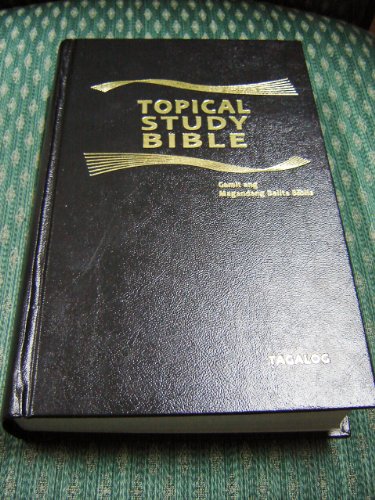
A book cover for Tagalog Topical Study Bible / Tagalog Popular Version / Bagong Tipan ng Magandang Balita Biblia / Section heading, Book Intro, Notes, Helps, Refrences, Concordance, Maps / Philippine TVP 053; Bible Society; Travel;